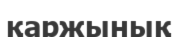
қаржынық